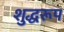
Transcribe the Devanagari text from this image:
शुद्धरूप